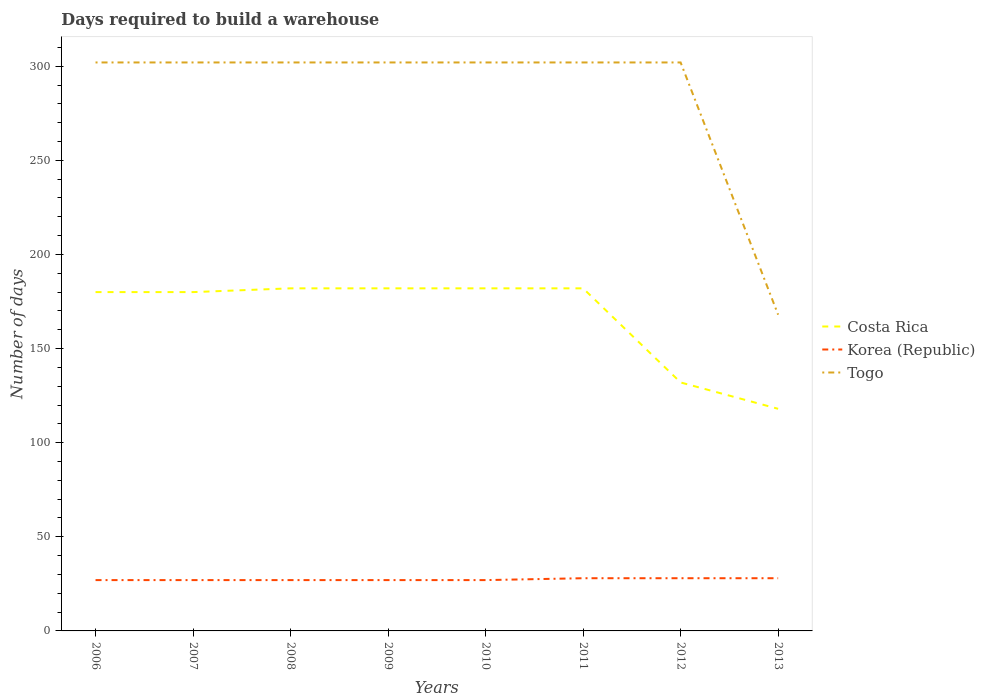
| Years | Costa Rica | Korea (Republic) | Togo |
 | --- | --- | --- | --- |
 | 2006 | 180 | 27 | 302 |
 | 2007 | 180 | 27 | 302 |
 | 2008 | 182 | 27 | 302 |
 | 2009 | 182 | 27 | 302 |
 | 2010 | 182 | 27 | 302 |
 | 2011 | 182 | 28 | 302 |
 | 2012 | 132 | 28 | 302 |
 | 2013 | 118 | 28 | 168 |